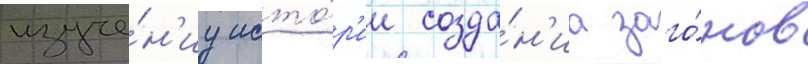
изуче́н'иу исто́р'ии созда́н'иа заго́нов